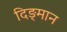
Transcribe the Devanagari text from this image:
दिङ्‌मान